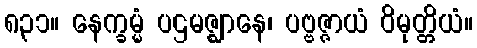
၈၃၁။ နေက္ခမ္မံ ပဌမဇ္ဈာနေ၊ ပဗ္ဗဇ္ဇာယံ ဝိမုတ္တိယံ။